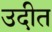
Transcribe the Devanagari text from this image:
उदीत